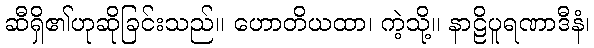
ဆီရှိ၏ဟုဆိုခြင်းသည်။ ဟောတိယထာ၊ ကဲ့သို့။ နာဠိပူရဏာဒီနံ၊